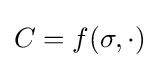
C=f(\sigma ,\cdot )